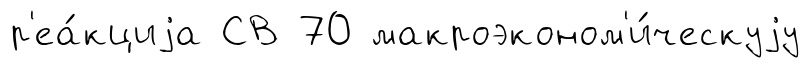
р'еа́кциjа СВ 70 макроэконом'и́ческуjу